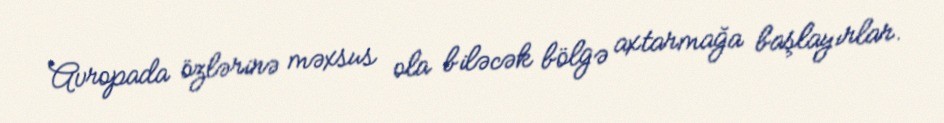
Avropada özlərinə məxsus ola biləcək bölgə axtarmağa başlayırlar.